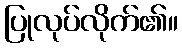
ပြုလုပ်လိုက်၏။